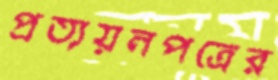
প্রত্যয়নপত্রের